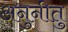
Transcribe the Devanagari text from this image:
अनुनीतु